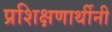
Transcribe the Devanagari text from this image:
प्रशिक्षणार्थीनी